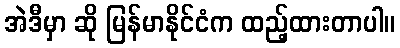
အဲဒီမှာ ဆို မြန်မာနိုင်ငံက ထည့်ထားတာပါ။